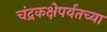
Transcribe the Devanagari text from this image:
चंद्रकक्षेपर्यंतच्या